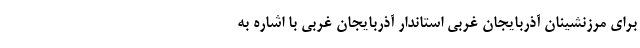
برای مرزنشینان آذربایجان غربی استاندار آذربایجان غربی با اشاره به